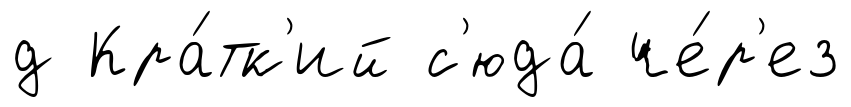
д Кра́тк'ий с'юда́ че́р'ез